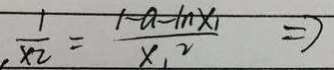
. \frac { 1 } { x _ { 2 } } = \frac { 1 - a - i n x _ { 1 } } { x . _ { 2 } } \Rightarrow